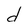
Character: d